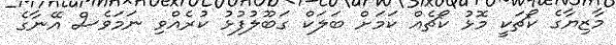
މާޒިޔާގެ ކޯޗަކީ މޮޅު ކޯޗެއް ކަމަށް ބަލަކް ގަބޫލުފުޅު ކުރެއްވި ނަމަވެސް އޭނާގެ